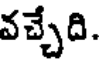
వచ్చేది.